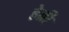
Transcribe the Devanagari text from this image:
हेब्री